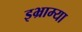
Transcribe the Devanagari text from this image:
इभ्राम्या